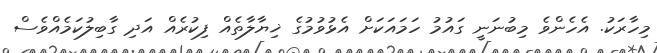
މިހާރަކު. އެހެންވެ މިބުނަނީ ގައުމު ހަމައަކަށް އެޅުވުމުގެ ޚިޔާލާތެއް ފިކުރެއް އަދި ގާބިލުކަމެއްވެސް